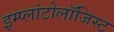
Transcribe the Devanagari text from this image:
इम्प्लांटोलॉजिस्ट